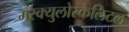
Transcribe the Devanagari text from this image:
मस्क्युलोस्केलिटल